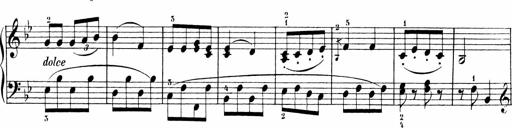
Title: 6 Liedersonatinen
Composer: Carl Reinecke